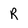
Character: R